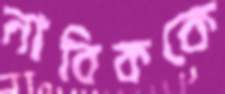
নাবিককে